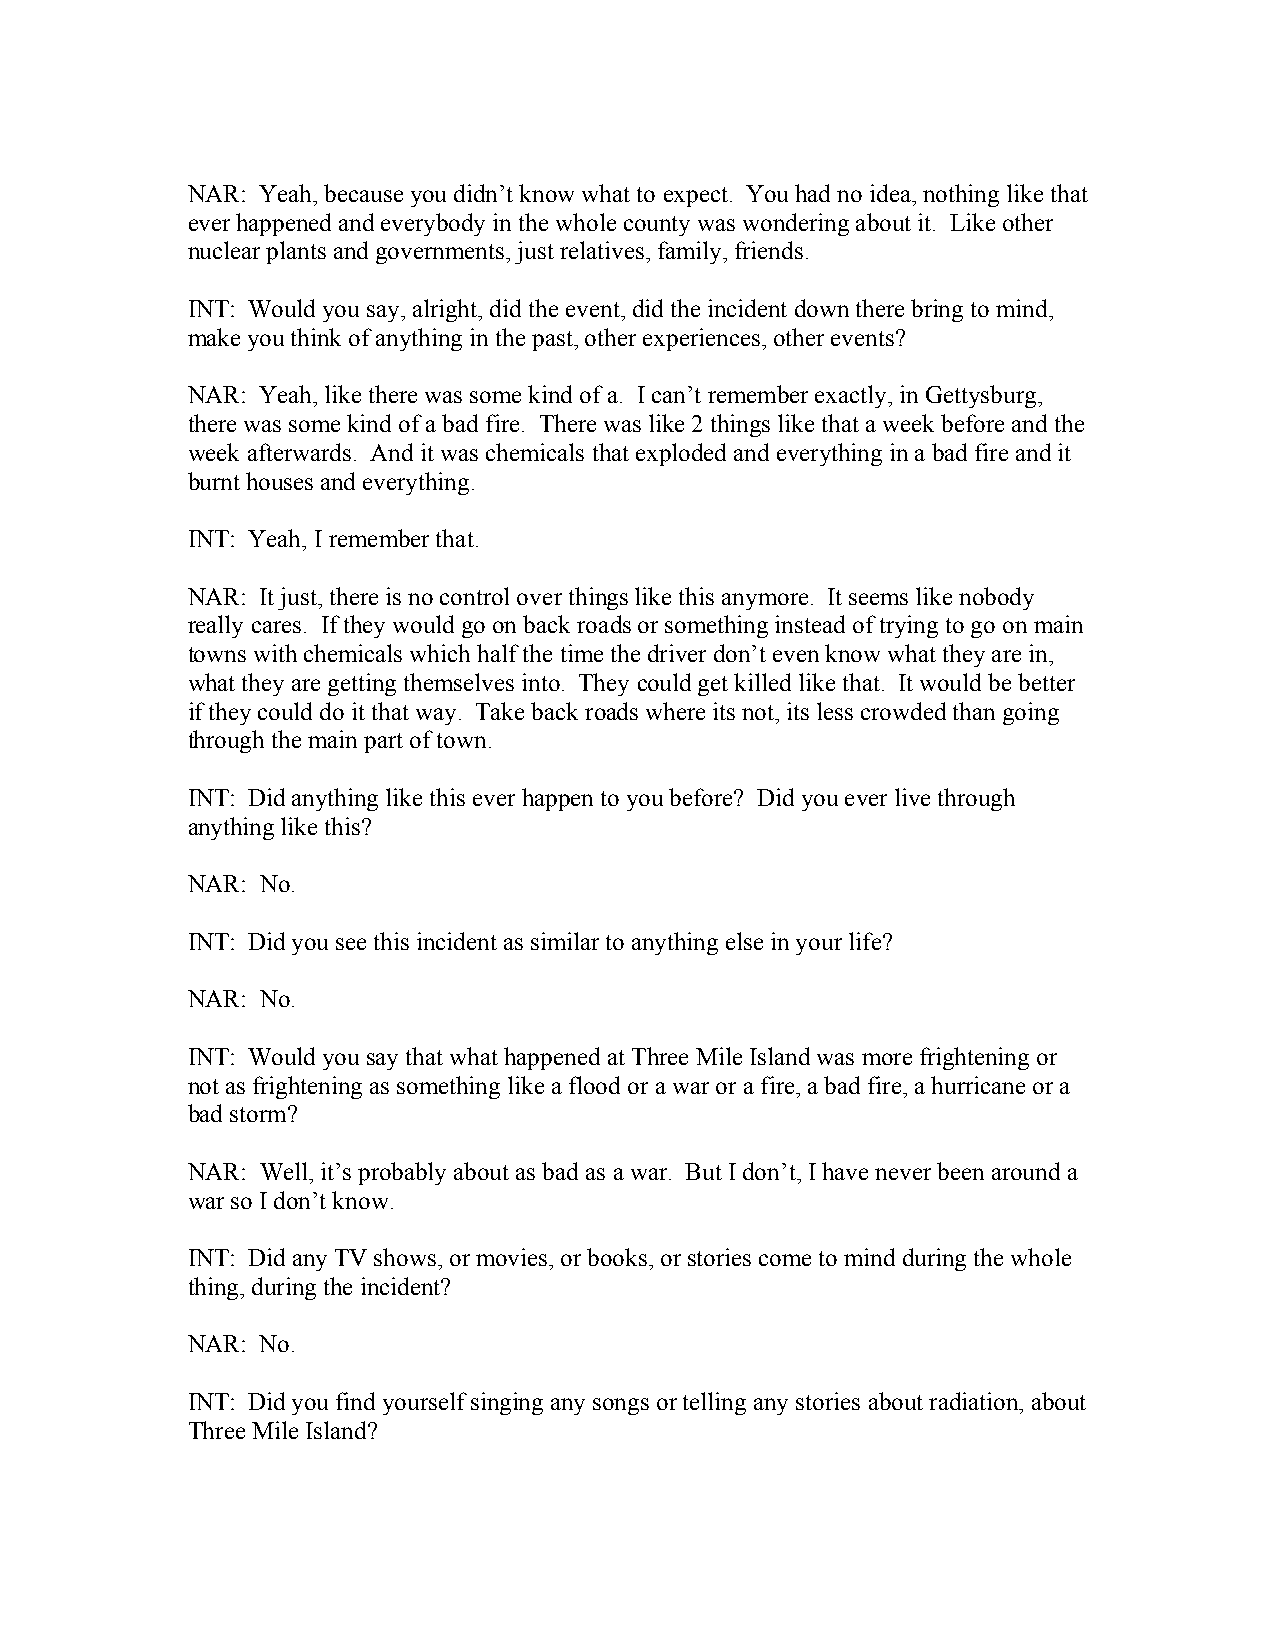
NAR: Yeah, because you didn’t know what to expect. You had no idea, nothing like that
 ever happened and everybody in the whole county was wondering about it. Like other
 nuclear plants and governments, just relatives, family, friends.
 INT: Would you say, alright, did the event, did the incident down there bring to mind,
 make you think of anything in the past, other experiences, other events?
 NAR: Yeah, like there was some kind of a. I can’t remember exactly, in Gettysburg,
 there was some kind of a bad fire. There was like 2 things like that a week before and the
 week afterwards. And it was chemicals that exploded and everything in a bad fire and it
 burnt houses and everything.
 INT: Yeah, I remember that.
 NAR: It just, there is no control over things like this anymore. It seems like nobody
 really cares. If they would go on back roads or something instead of trying to go on main
 towns with chemicals which half the time the driver don’t even know what they are in,
 what they are getting themselves into. They could get killed like that. It would be better
 if they could do it that way. Take back roads where its not, its less crowded than going
 through the main part of town.
 INT: Did anything like this ever happen to you before? Did you ever live through
 anything like this?
 NAR: No.
 INT: Did you see this incident as similar to anything else in your life?
 NAR: No.
 INT: Would you say that what happened at Three Mile Island was more frightening or
 not as frightening as something like a flood or a war or a fire, a bad fire, a hurricane or a
 bad storm?
 NAR: Well, it’s probably about as bad as a war. But I don’t, I have never been around a
 war so I don’t know.
 INT: Did any TV shows, or movies, or books, or stories come to mind during the whole
 thing, during the incident?
 NAR: No.
 INT: Did you find yourself singing any songs or telling any stories about radiation, about
 Three Mile Island?